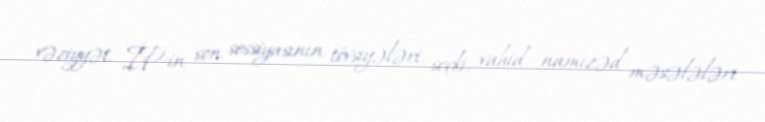
vəziyyət, İP-in son sessiyasının tövsiyələri, seçki, vahid namizəd məsələləri